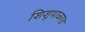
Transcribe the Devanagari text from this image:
शिशुपाळगड